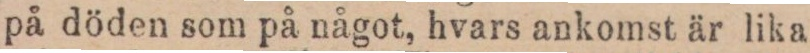
på döden som på något, hvars ankomst är lika